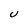
Character: U